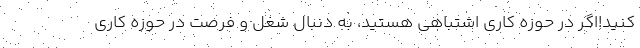
کنید!اگر در حوزه کاری اشتباهی هستید، به دنبال شغل و فرصت در حوزه کاری